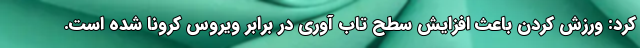
کرد: ورزش کردن باعث افزایش سطح تاب آوری در برابر ویروس کرونا شده است.